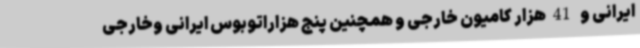
ایرانی و 41هزار کامیون خارجی و همچنین پنج هزاراتوبوس ایرانی وخارجی